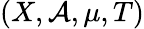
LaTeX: (X,{\mathcal{A}},\mu,T)